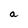
Character: a